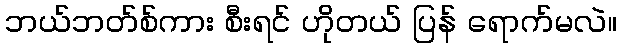
ဘယ်ဘတ်စ်ကား စီးရင် ဟိုတယ် ပြန် ရောက်မလဲ။